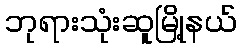
ဘုရားသုံးဆူမြို့နယ်